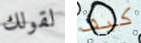
لقولك كيف